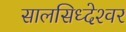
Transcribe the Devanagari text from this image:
सालसिध्‍देश्‍वर